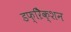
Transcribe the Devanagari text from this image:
डफ्ऱैिक्शन